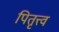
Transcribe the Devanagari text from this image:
पितृत्त्व